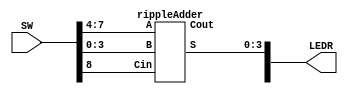
module part2(SW, LEDR);

	input [9:0]SW;
	output [9:0]LEDR;
	
	rippleAdder r0(SW[7:4], SW[3:0], SW[8], LEDR[9], LEDR[3:0]);
	
endmodule

module rippleAdder(A, B, Cin, Cout, S);

	input [3:0]A, B;
	input Cin;
	output Cout;
	output [3:0]S;
	
	wire c1, c2, c3;
	
	fullAdder u0(A[0], B[0], Cin, c1, S[0]);
	fullAdder u1(A[1], B[1], c1, c2, S[1]);
	fullAdder u2(A[2], B[2], c2, c3, S[2]);
	fullAdder u3(A[3], B[3], c3, Cout, S[3]);
	
	
endmodule

module fullAdder(X, Y, Cinput, Coutput, Sum);

	input X, Y, Cinput;
	output Coutput, Sum;
	
	assign Coutput = (X & Y) | (Cinput & X) | (Cinput & Y);
	assign Sum = X ^ Y ^ Cinput;
endmodule